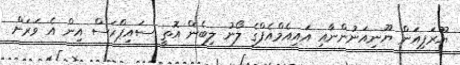
ޔޫރަޕިއަން ޔޫނިއަނުންނާއި އައިއެމްއެފްގެ ލޯނު ލިބެން އޮތީ ސައިޕްރަސް އިން އެ ވަރަށް